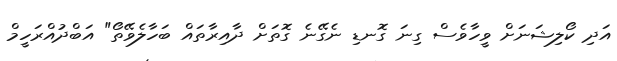
އަދި ކޯލިޝަނަށް ވީހާވެސް ގިނަ ގޮނޑި ނެގޭނެ ގޮތަށް ދާއިރާތައް ބަހާލެވޭތޯ" އަބްދުއްރަހީމް